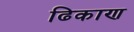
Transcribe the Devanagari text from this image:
ढिकाण